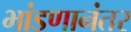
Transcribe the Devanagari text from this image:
भांडणानंतर